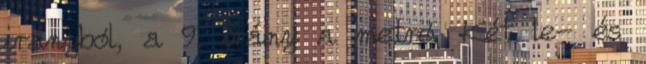
irányból, a 9. irány a metró. Két le- és